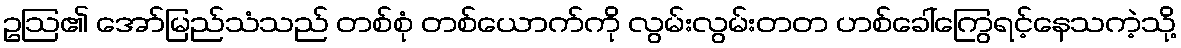
ဥဩ၏ အော်မြည်သံသည် တစ်စုံ တစ်ယောက်ကို လွမ်းလွမ်းတတ ဟစ်ခေါ်ကြွေရင့်နေသကဲ့သို့